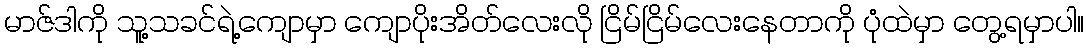
မာဇ်ဒါကို သူ့သခင်ရဲ့ကျောမှာ ကျောပိုးအိတ်လေးလို ငြိမ်ငြိမ်လေးနေတာကို ပုံထဲမှာ တွေ့ရမှာပါ။